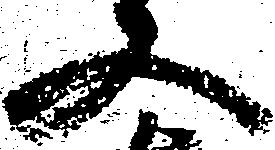
又